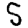
Digit: 5